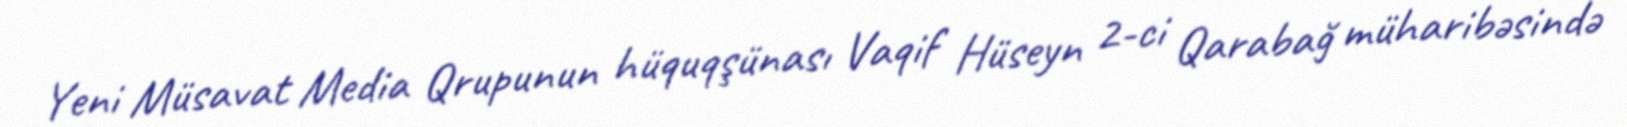
Yeni Müsavat Media Qrupunun hüquqşünası Vaqif Hüseyn 2-ci Qarabağ müharibəsində